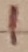
Text: 1